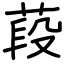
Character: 葮